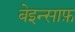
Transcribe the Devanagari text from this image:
बेइन्साफ़